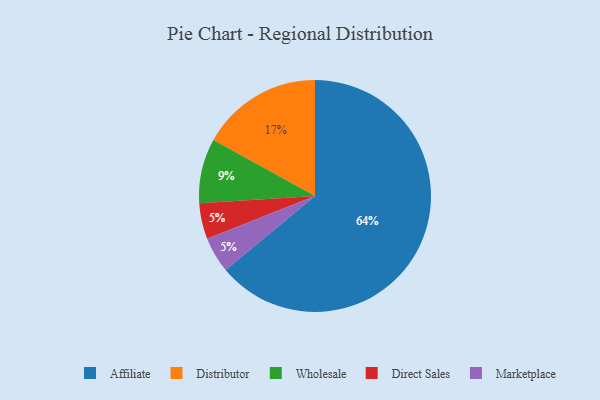
{"axis": {"x": "Category", "y": "Percentage"}, "legend": ["Affiliate", "Direct Sales", "Distributor", "Marketplace", "Wholesale"], "data": [{"x": "Distributor", "y": 17, "type": "Distributor"}, {"x": "Direct Sales", "y": 5, "type": "Direct Sales"}, {"x": "Wholesale", "y": 9, "type": "Wholesale"}, {"x": "Marketplace", "y": 5, "type": "Marketplace"}, {"x": "Affiliate", "y": 64, "type": "Affiliate"}]}